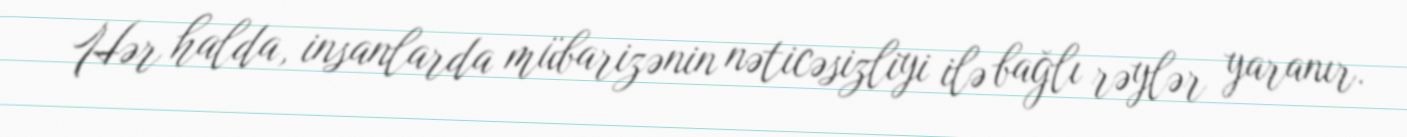
Hər halda, insanlarda mübarizənin nəticəsizliyi ilə bağlı rəylər yaranır.